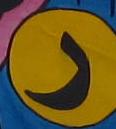
ر